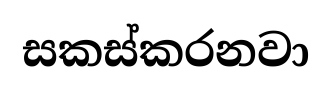
සකස්කරනවා